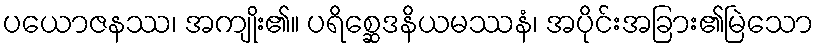
ပယောဇနဿ၊ အကျိုး၏။ ပရိစ္ဆေဒနိယမဿနံ၊ အပိုင်းအခြား၏မြဲသော